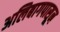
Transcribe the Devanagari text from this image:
अलिबागपासून